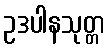
ဥဒပါနသုတ္တ